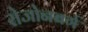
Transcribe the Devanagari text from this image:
रोजोनबर्ग